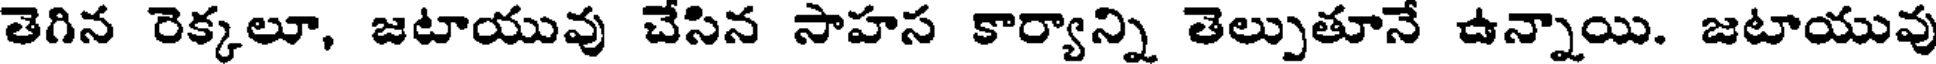
తెగిన రెక్కలూ, జటాయువు చేసిన సాహస కార్యాన్ని తెల్పుతూనే ఉన్నాయి. జటాయువు